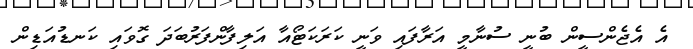
އެ އެޖެންސީން ބުނީ ސުނާމީ އަރާފައި ވަނީ ކަރަކަޓޯއާ އަލިފާންފަރުބަދަ ގޮވައި ކަނޑުއަޑިން